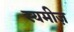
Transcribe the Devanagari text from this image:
स्यमीज़